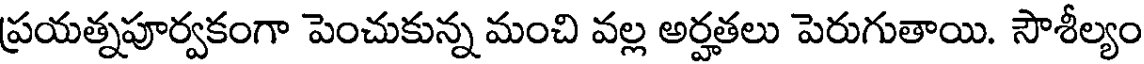
ప్రయత్నపూర్వకంగా పెంచుకున్న మంచి వల్ల అర్హతలు పెరుగుతాయి. సౌశీల్యం